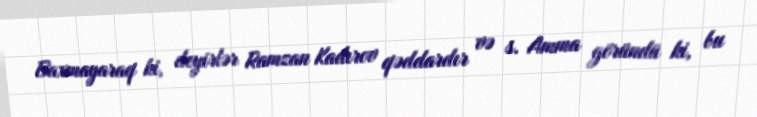
Baxmayaraq ki, deyirlər Ramzan Kadırov qəddardır və s. Amma göründü ki, bu